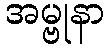
အမ္ဗုနာ